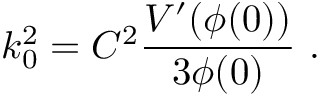
k _ { 0 } ^ { 2 } = C ^ { 2 } { \frac { V ^ { \prime } ( \phi ( 0 ) ) } { 3 \phi ( 0 ) } } \ .